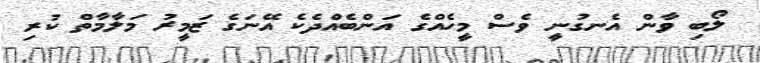
ލޯބި ވާން އެނގުނީ ވެސް މީހެއްގެ އަންބެއްދެކެ އޭނަގެ ޒަމީރު މަލާމާތް ކުރި